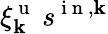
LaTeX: \xi_{\mathbf{k}}^{\mathrm{{~u~}}}\: s^{\mathrm{{~i~n~}},\mathbf{k}}